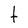
Character: t